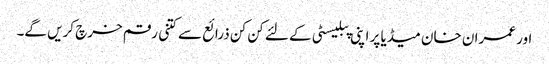
اور عمران خان میڈیا پر اپنی پبلیسٹی کے لئے کن کن ذرائع سے کتنی رقم خرچ کریں گے۔